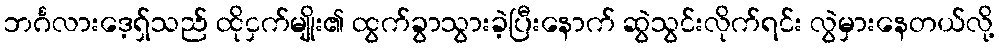
ဘင်္ဂလားဒေ့ရ်ှသည် ထိုငှက်မျိုး၏ ထွက်ခွာသွားခဲ့ပြီးနောက် ဆွဲသွင်းလိုက်ရင်း လွဲမှားနေတယ်လို့